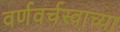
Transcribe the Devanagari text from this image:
वर्णवर्चस्वाच्या